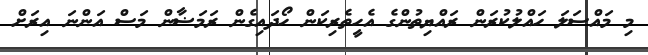
މި މައްސަލަ ހައްލުކުރަން ރައްޔިތުންގެ އެހީތެރިކަން ހޯދައިގެން ރަމަޟާން މަސް އަންނަ އިރަށް